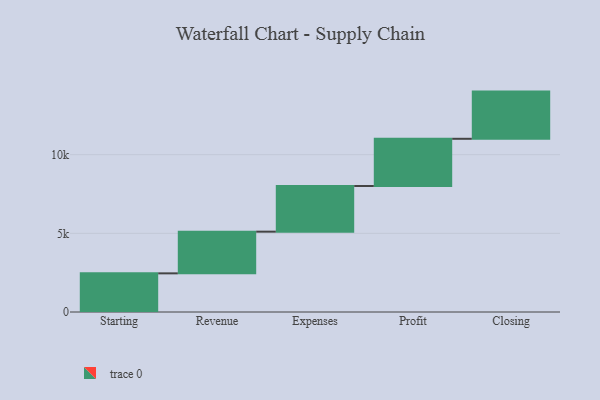
{"axis": {"x": "Step", "y": "Value"}, "legend": [""], "data": [{"x": "Starting", "y": 2457.0, "type": ""}, {"x": "Revenue", "y": 2650.0, "type": ""}, {"x": "Expenses", "y": 2904.0, "type": ""}, {"x": "Profit", "y": 3000, "type": ""}, {"x": "Closing", "y": 3000, "type": ""}]}